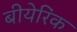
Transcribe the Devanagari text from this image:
बीयेरिंक